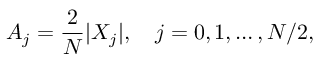
A _ { j } = \frac { 2 } { N } | X _ { j } | , \quad j = 0 , 1 , \dots , N / 2 ,